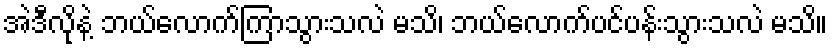
အဲဒီလိုနဲ့ ဘယ်လောက်ကြာသွားသလဲ မသိ၊ ဘယ်လောက်ပင်ပန်းသွားသလဲ မသိ။